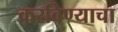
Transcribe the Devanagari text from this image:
करविण्याचा